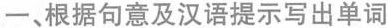
一、根据句意及汉语提示写出单词